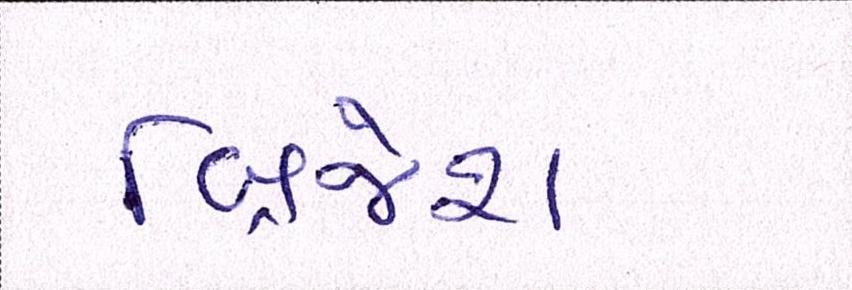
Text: બ્રિજેશ